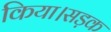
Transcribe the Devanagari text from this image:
किया।सड़क